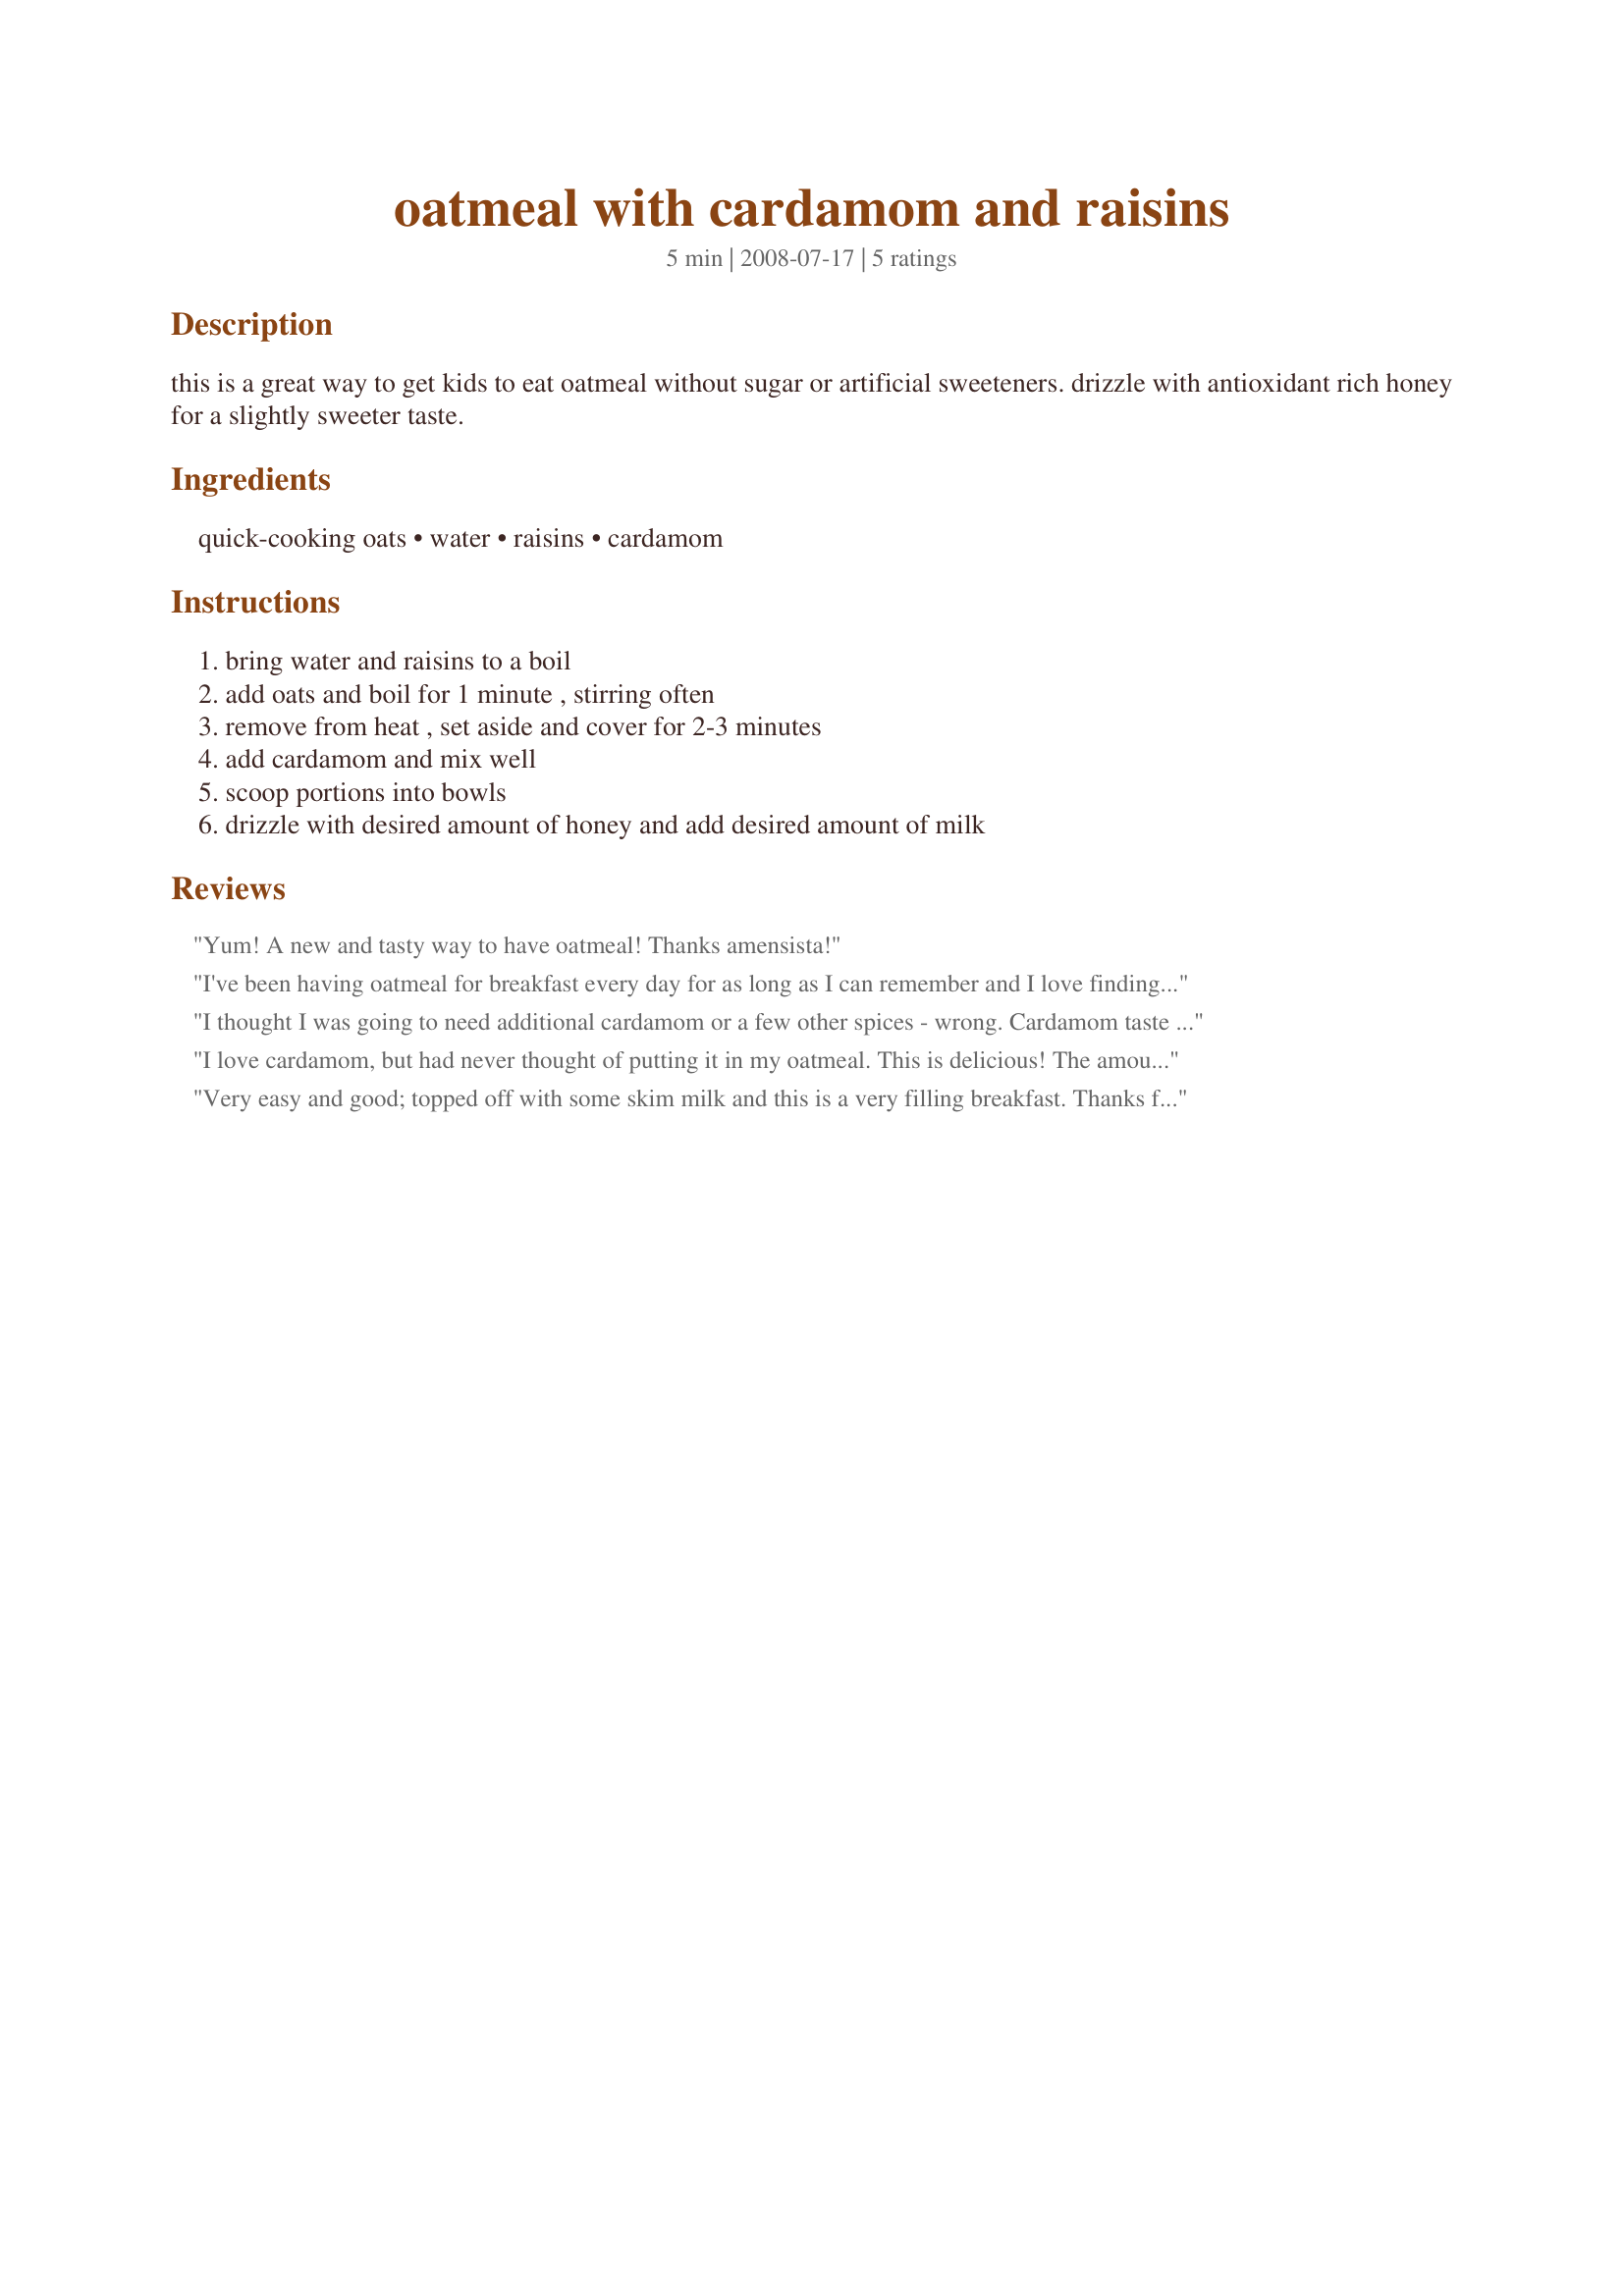
oatmeal with cardamom and raisins
Preparation time: 5 minutes

this is a great way to get kids to eat oatmeal without sugar or artificial sweeteners. drizzle with antioxidant rich honey for a slightly sweeter taste.

Ingredients:
quick-cooking oats, water, raisins, cardamom

Steps:
bring water and raisins to a boil, add oats and boil for 1 minute , stirring often, remove from heat , set aside and cover for 2-3 minutes, add cardamom and mix well, scoop portions into bowls, drizzle with desired amount of honey and add desired amount of milk

Reviews:
Yum! A new and tasty way to have oatmeal! Thanks amensista!
I've been having oatmeal for breakfast every day for as long as I can remember and I love finding new toppings/flavour combinations to try. This was a great flavour combo, I would never have thought to add cardamom to oatmeal!! Warming and sweet, I'll definitely be making this again!
I thought I was going to need additional cardamom or a few other spices - wrong. Cardamom taste was very strong but not overpowering. Fantastic easy addition to oats - much better than the premix crap.

Thank you so much!
I love cardamom, but had never thought of putting it in my oatmeal. This is delicious! The amount of cardamom is just right. I made one change-instead of raisins, I used dried cranberries. Drizzled with blackberry honey and used fat-free half and half for an extra treat. Thanks for a great breakfast. Made for Spring 2009 PAC.
Very easy and good; topped off with some skim milk and this is a very filling breakfast. Thanks for sharing!
